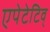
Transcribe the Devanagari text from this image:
एपेटेटिव्